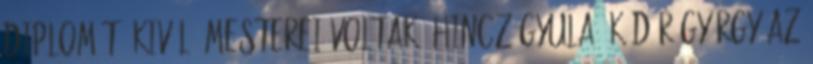
diplomát. Kiváló mesterei voltak: Hincz Gyula, Kádár György az